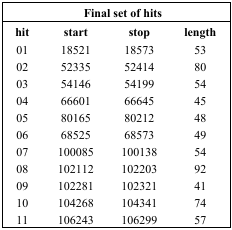
| <COLSPAN=4> Final set of hits |
 | hit | start | stop | length |
 | --- | --- | --- | --- |
 | 01 | 18521 | 18573 | 53 |
 | 02 | 52335 | 52414 | 80 |
 | 03 | 54146 | 54199 | 54 |
 | 04 | 66601 | 66645 | 45 |
 | 05 | 80165 | 80212 | 48 |
 | 06 | 68525 | 68573 | 49 |
 | 07 | 100085 | 100138 | 54 |
 | 08 | 102112 | 102203 | 92 |
 | 09 | 102281 | 102321 | 41 |
 | 10 | 104268 | 104341 | 74 |
 | 11 | 106243 | 106299 | 57 |